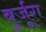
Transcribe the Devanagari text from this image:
बुर्जूग